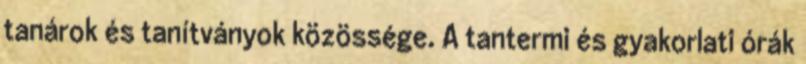
tanárok és tanítványok közössége. A tantermi és gyakorlati órák